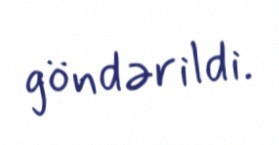
göndərildi.